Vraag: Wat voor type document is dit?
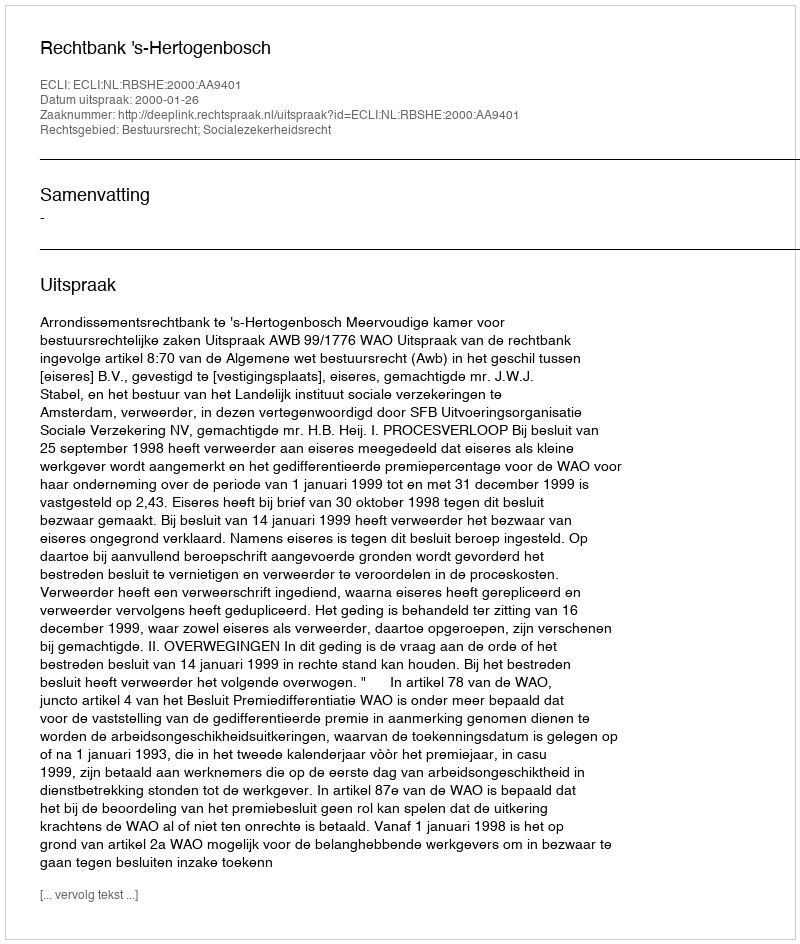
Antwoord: Uitspraak